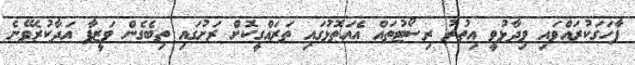
ފާހަގަކުރައްވައި ވިދާޅުވީ އިތުރު ރިސޯޓުތައް އެއަތޮޅުގައި ތަރައްގީކޮށް ރަށުގައި ތިބެގެން ވަޒީފާ އަދާކުރެވޭނެ